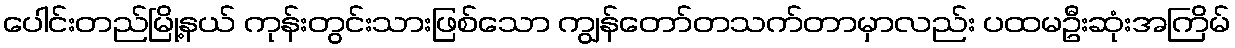
ပေါင်းတည်မြို့နယ် ကုန်းတွင်းသားဖြစ်သော ကျွန်တော်တသက်တာမှာလည်း ပထမဦးဆုံးအကြိမ်